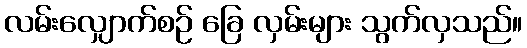
လမ်းလျှောက်စဉ် ခြေ လှမ်းများ သွက်လှသည်။